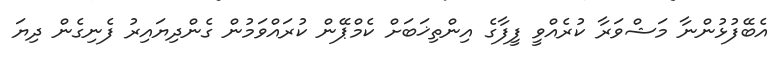
އެބޭފުޅުންނާ މަޝްވަރާ ކުރެއްވީ ފީފާގެ އިންތިޚަބަށް ކެމްޕޭން ކުރައްވަމުން ގެންދިޔައިރު ފެނިގެން ދިޔަ